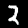
Label: 2